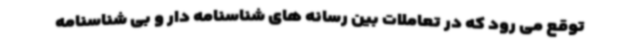
توقع می رود که در تعاملات بین رسانه های شناسنامه دار و بی شناسنامه